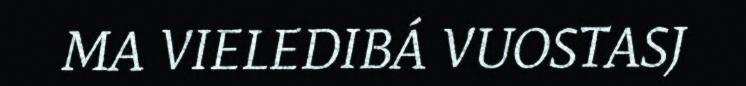
MA VIELEDIBÁ VUOSTASJ